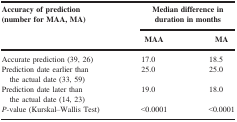
<table><thead><tr><td rowspan="2"><b>Accuracy of prediction (number for MAA, MA)</b></td><td colspan="2"><b>Median difference in duration in months</b></td></tr><tr><td><b>MAA</b></td><td><b>MA</b></td></tr></thead><tbody><tr><td>Accurate prediction (39, 26)</td><td>17.0</td><td>18.5</td></tr><tr><td>Prediction date earlier than the actual date (33, 59)</td><td>25.0</td><td>25.0</td></tr><tr><td>Prediction date later than the actual date (14, 23)</td><td>19.0</td><td>18.0</td></tr><tr><td><i>P</i>‐value (Kurskal–Wallis Test)</td><td>&lt;0.0001</td><td>&lt;0.0001</td></tr></tbody></table>